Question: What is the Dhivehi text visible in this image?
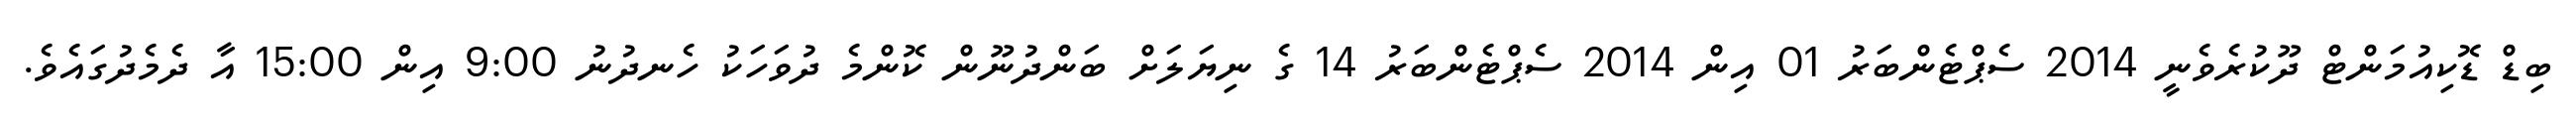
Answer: ބިޑް ޑޮކިއުމަންޓް ދޫކުރެވެނީ 2014 ސެޕްޓެންބަރު 01 އިން 2014 ސެޕްޓެންބަރު 14 ގެ ނިޔަލަށް ބަންދުނޫން ކޮންމެ ދުވަހަކު ހެނދުނު 9:00 އިން 15:00 އާ ދެމެދުގައެވެ.